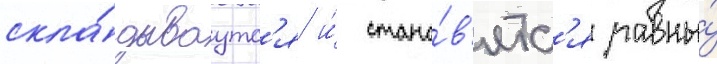
скла́дываутс'я и́ стано́в'ятс'я равны́